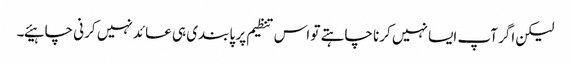
لیکن اگر آپ ایسا نہیں کرنا چاہتے تو اس تنظیم پر پابندی ہی عائد نہیں کرنی چاہیئے۔